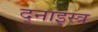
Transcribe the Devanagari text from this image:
द्नाइस्त्र